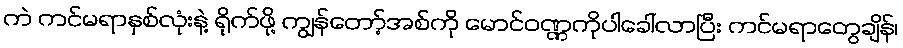
ကဲ ကင်မရာနှစ်လုံးနဲ့ ရိုက်ဖို့ ကျွန်တော့်အစ်ကို မောင်ဝဏ္ဏကိုပါခေါ်လာပြီး ကင်မရာတွေချိန်၊